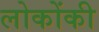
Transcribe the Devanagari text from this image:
लोकोंकी